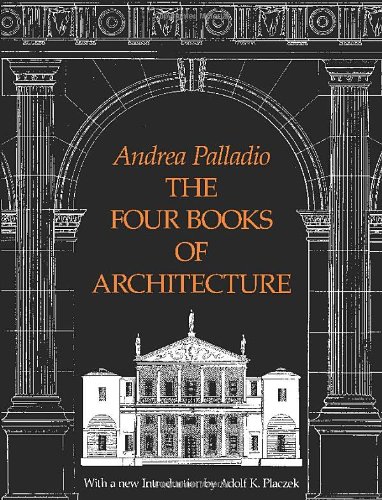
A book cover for The Four Books of Architecture (Dover Architecture); Andrea Palladio; Arts & Photography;